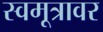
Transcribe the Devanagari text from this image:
स्वमूत्रावर